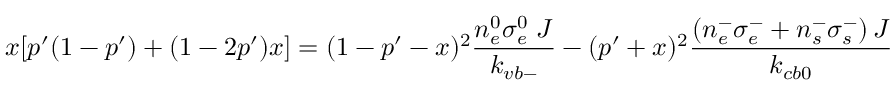
x [ p ^ { \prime } ( 1 - p ^ { \prime } ) + ( 1 - 2 p ^ { \prime } ) x ] = ( 1 - p ^ { \prime } - x ) ^ { 2 } \frac { n _ { e } ^ { 0 } \sigma _ { e } ^ { 0 } \; J } { k _ { v b - } } - ( p ^ { \prime } + x ) ^ { 2 } \frac { \left( n _ { e } ^ { - } \sigma _ { e } ^ { - } + n _ { s } ^ { - } \sigma _ { s } ^ { - } \right) J } { k _ { c b 0 } }